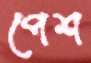
পেশ